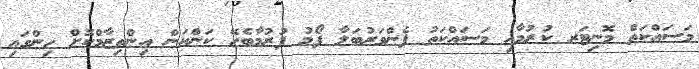
މަސައްކަތް މޮނިޓަރ ކުރުމާއި މަސައްކަތު ފެންވަރުބަލާ ފޯމު ފުރުމާބެހޭ ކަންކަން އިންތިޒާމްކޮށް ހިންގައި